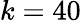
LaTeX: k=40